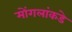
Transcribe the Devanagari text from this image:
मोंगलांकडे